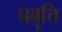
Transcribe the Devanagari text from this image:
प्रवॄत्ति